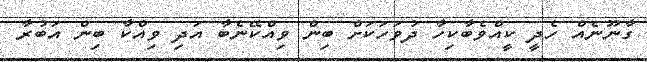
ގާނޫނެއް ހެދީ ކީއްވެބާކިހާ ދުވަހަކަށް ބިން ވިއްކޭނެބާ އަދި ވިއްކާ ބިން އަބުރާ